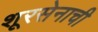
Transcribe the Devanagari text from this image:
शूरसेनाची